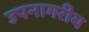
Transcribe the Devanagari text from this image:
उपनागरीय